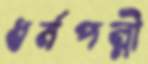
ধর্মপল্লী